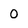
Character: 0